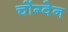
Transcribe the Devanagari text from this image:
चोंग्वेन